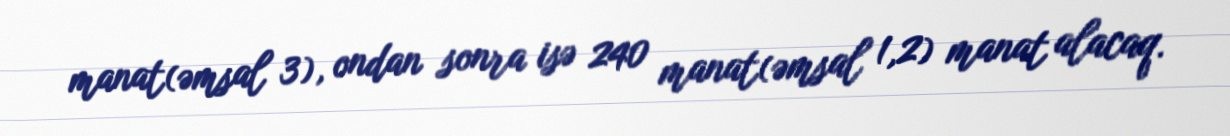
manat(əmsal 3), ondan sonra isə 240 manat(əmsal 1,2) manat alacaq.